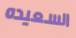
السعيده